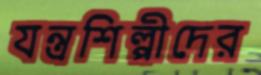
যন্ত্রশিল্পীদের